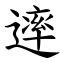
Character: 䢦